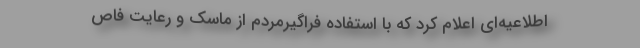
اطلاعیه‌ای اعلام کرد که با استفاده فراگیرمردم از ماسک و رعایت فاص